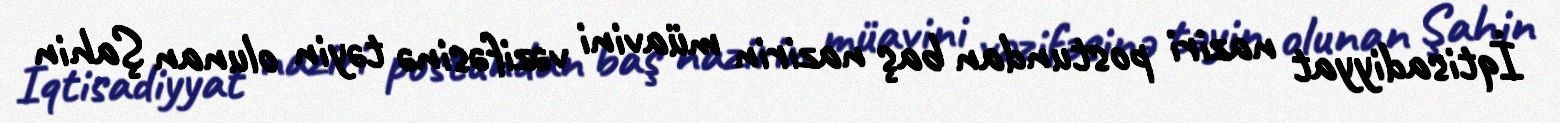
İqtisadiyyat naziri postundan baş nazirin müavini vəzifəsinə təyin olunan Şahin